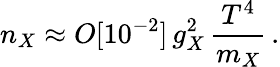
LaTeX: n_{X}\approx O[10^{-2}]\, g_{X}^{2}\, \frac{T^{4}}{m_{X}}\, .